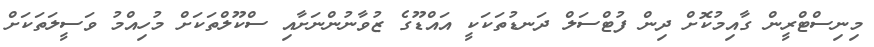
މިނިސްޓްރީން ގާއިމުކޮށް ދިން ފުޓްސަލް ދަނޑުތަކަކީ އައްޑޫގެ ޒުވާނުންނަށާއި ސްކޫލްތަކަށް މުހިއްމު ވަަސީލަތަކަށް